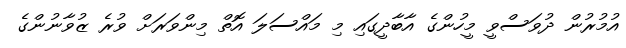
އުމުރުން ދުވަސްވީ މީހުންގެ އާބާދީގައި މި މައްސަލަ އޮތް މިންވަރަށް ވުރެ ޒުވާނުންގެ